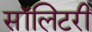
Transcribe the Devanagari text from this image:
सॉलिटरी